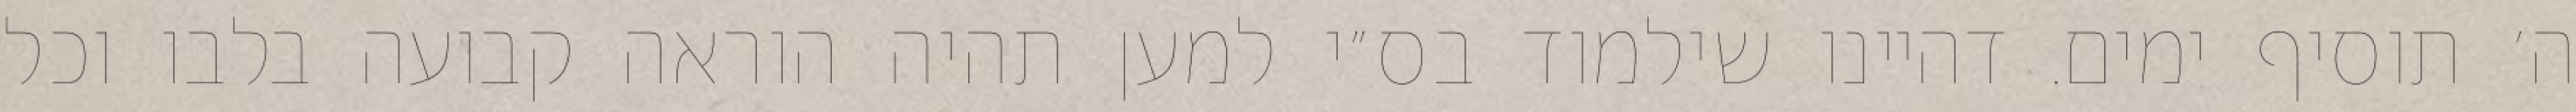
ה׳ תוסיף ימים. דהיינו שילמוד בס״י למען תהיה הוראה קבועה בלבו וכל